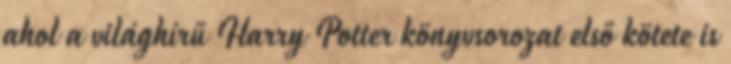
ahol a világhírű Harry Potter könyvsorozat első kötete is